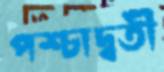
পশ্চাদ্বর্তী